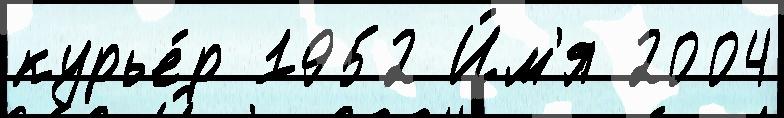
курье́р 1952 И́м'я 2004